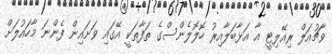
ވާޗުއަލް ރިއޭލިޓީ އާ އަޅާބަލާއިރު ހޮލޮލެންސްގެ ތަފާތަކީ އޭގައި ވަށައިން ފެންނަ މާހައުލަށް